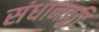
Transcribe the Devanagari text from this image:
संधानत्रुटि